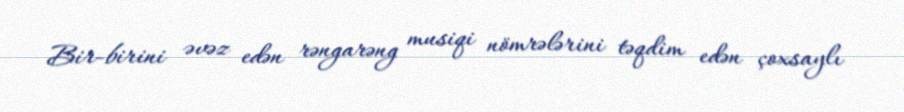
Bir-birini əvəz edən rəngarəng musiqi nömrələrini təqdim edən çoxsaylı